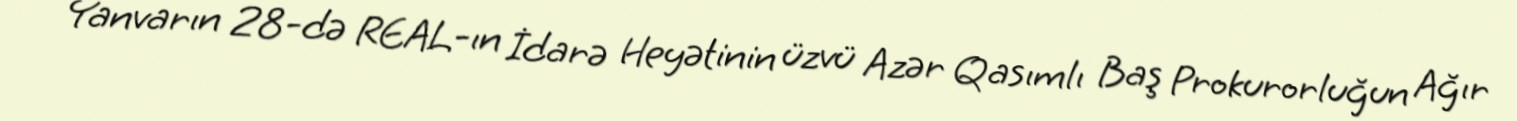
Yanvarın 28-də REAL-ın İdarə Heyətinin üzvü Azər Qasımlı Baş Prokurorluğun Ağır